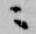
ニ